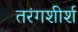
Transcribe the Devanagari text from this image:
तरंगशीर्श